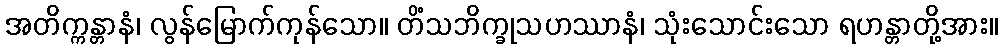
အတိက္ကန္တာနံ၊ လွန်မြောက်ကုန်သော။ တိံသဘိက္ခုသဟဿာနံ၊ သုံးသောင်းသော ရဟန္တာတို့အား။